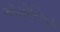
ઍમોનિયા